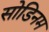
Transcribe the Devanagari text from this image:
सोडिनम